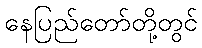
နေပြည်တော်တို့တွင်